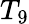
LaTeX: T_{9}